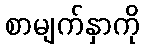
စာမျက်နှာကို